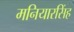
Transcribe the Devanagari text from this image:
मनियारसिंह